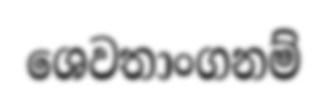
ශෙවතාංගනම්